18_100754_ General 1946-7_Vol_2
Agency: Department of War
Incident date: 12/30/47
Page 22
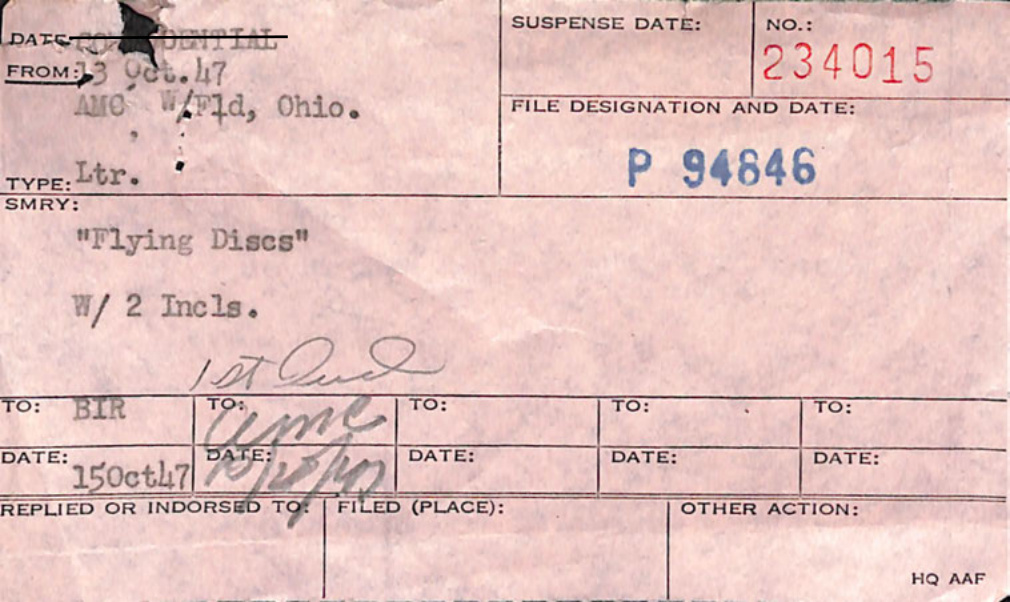